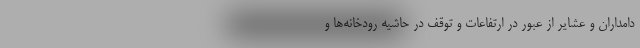
دامداران و عشایر از عبور در ارتفاعات و توقف در حاشیه رودخانه‌ها و